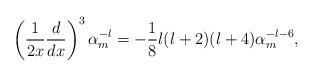
LaTeX: \begin{align*}\left({1\over 2x}{d\over dx}\right)^{3}\alpha_{m}^{-l}=-{1\over 8}l(l+2)(l+4)\alpha_{m}^{-l-6},\end{align*}